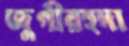
জুগীরহুদা